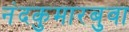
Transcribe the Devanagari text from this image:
नंदकुमारबुवा